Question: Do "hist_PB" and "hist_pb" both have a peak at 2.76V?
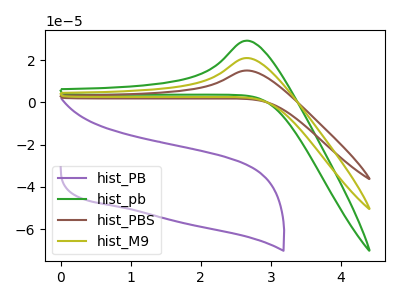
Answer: <think>The purple curve "hist_PB" has no peaks. The green curve "hist_pb" has an anodic peak at: (2.65V, 29.20uA). The brown curve "hist_PBS" has an anodic peak at: (2.65V, 42.00uA). The olive curve "hist_M9" has an anodic peak at: (2.65V, 21.00uA).</think>
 <answer>No, "hist_PB" and "hist_pb" dont share a peak at 2.76V.</answer>
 <eval>mismatch</eval>